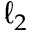
\ell _ { 2 }